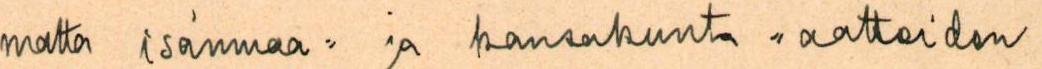
matta isänmaa= ja kansakunta =aatteiden